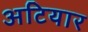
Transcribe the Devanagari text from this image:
अटियार